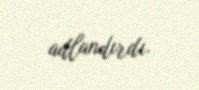
adlandırdı.